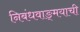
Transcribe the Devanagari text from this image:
निबंधवाङ्‌मयाची